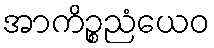
အာကိဉ္စညံယေဝ